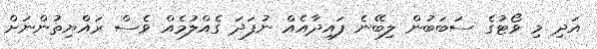
އަދި މި ވޯޓުގެ ސަބަބުން ލިބޭނެ ފައިދާއެއް ނުފަދަ ގެއްލުމެއް ވެސް ރައްޔިތުންނަށް